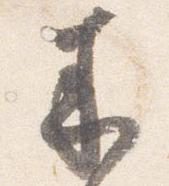
来